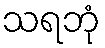
သရဘုံ